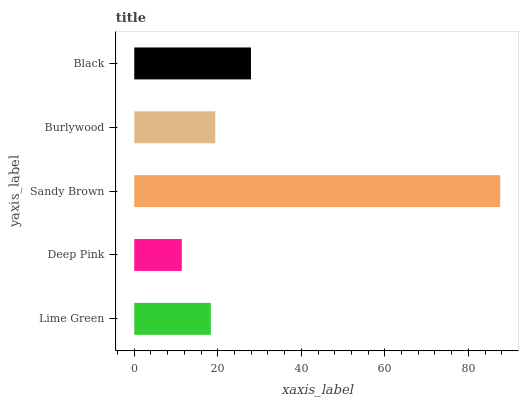
| yaxis_label | bars |
 | --- | --- |
 | Lime Green | 18.3 |
 | Deep Pink | 11.4 |
 | Sandy Brown | 87.6 |
 | Burlywood | 19.4 |
 | Black | 27.9 |